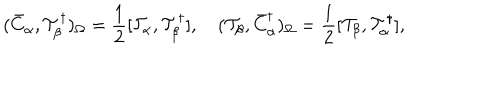
( \bar { C } _ { \alpha } , { \cal T } _ { \beta } ^ { \dagger } ) _ { \Omega } = \frac { 1 } { 2 } [ { \cal T } _ { \alpha } , { \cal T } _ { \beta } ^ { \dagger } ] , \quad ( { \cal T } _ { \beta } , \bar { C } _ { \alpha } ^ { \dagger } ) _ { \Omega } = \frac { 1 } { 2 } [ { \cal T } _ { \beta } , { \cal T } _ { \alpha } ^ { \dagger } ] ,